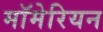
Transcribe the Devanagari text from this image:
मॉमेरियन